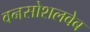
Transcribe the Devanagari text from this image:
वनसोशलवेब